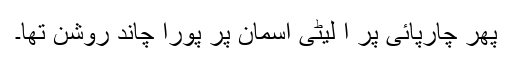
پھر چارپائی پر آ لیٹی آسمان پر پورا چاند روشن تھا۔